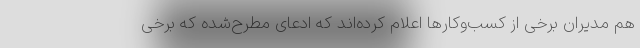
هم مدیران برخی از کسب‌وکارها اعلام کرده‌اند که ادعای مطرح‌شده که برخی